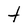
Character: t